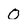
Character: O